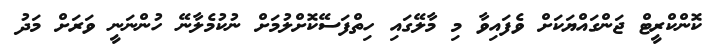
ކޮންކްރީޓް ޖަންގައްޔަކަށް ވެފައިވާ މި މާލޭގައި ހިތްފަސޭކޮށްލުމަށް ނުކުމެލާނޭ ހުންނަނީ ވަރަށް މަދު